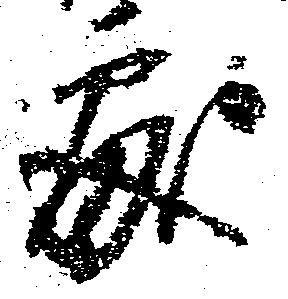
処